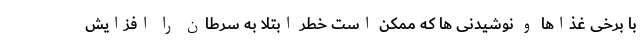
با برخی غذاها و نوشیدنی ها که ممکن است خطر ابتلا به سرطان را افزایش